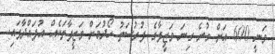
ވަނީ 600 އަށް ވުރެ ގިނަ ވަޒީފާގެ ފުރުސަތު ހޯދުމަށް ވަޒީފާތަކެއް އުފައްދާފައި.